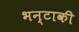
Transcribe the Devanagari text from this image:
भन्टाकी